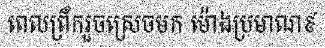
ពេលព្រឹករួចស្រេចមក ម៉ោងប្រមាណ៩